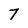
Character: 7